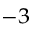
^ { - 3 }